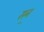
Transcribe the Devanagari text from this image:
सन॒